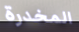
المخدرة